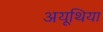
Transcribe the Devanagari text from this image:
अयूथिया